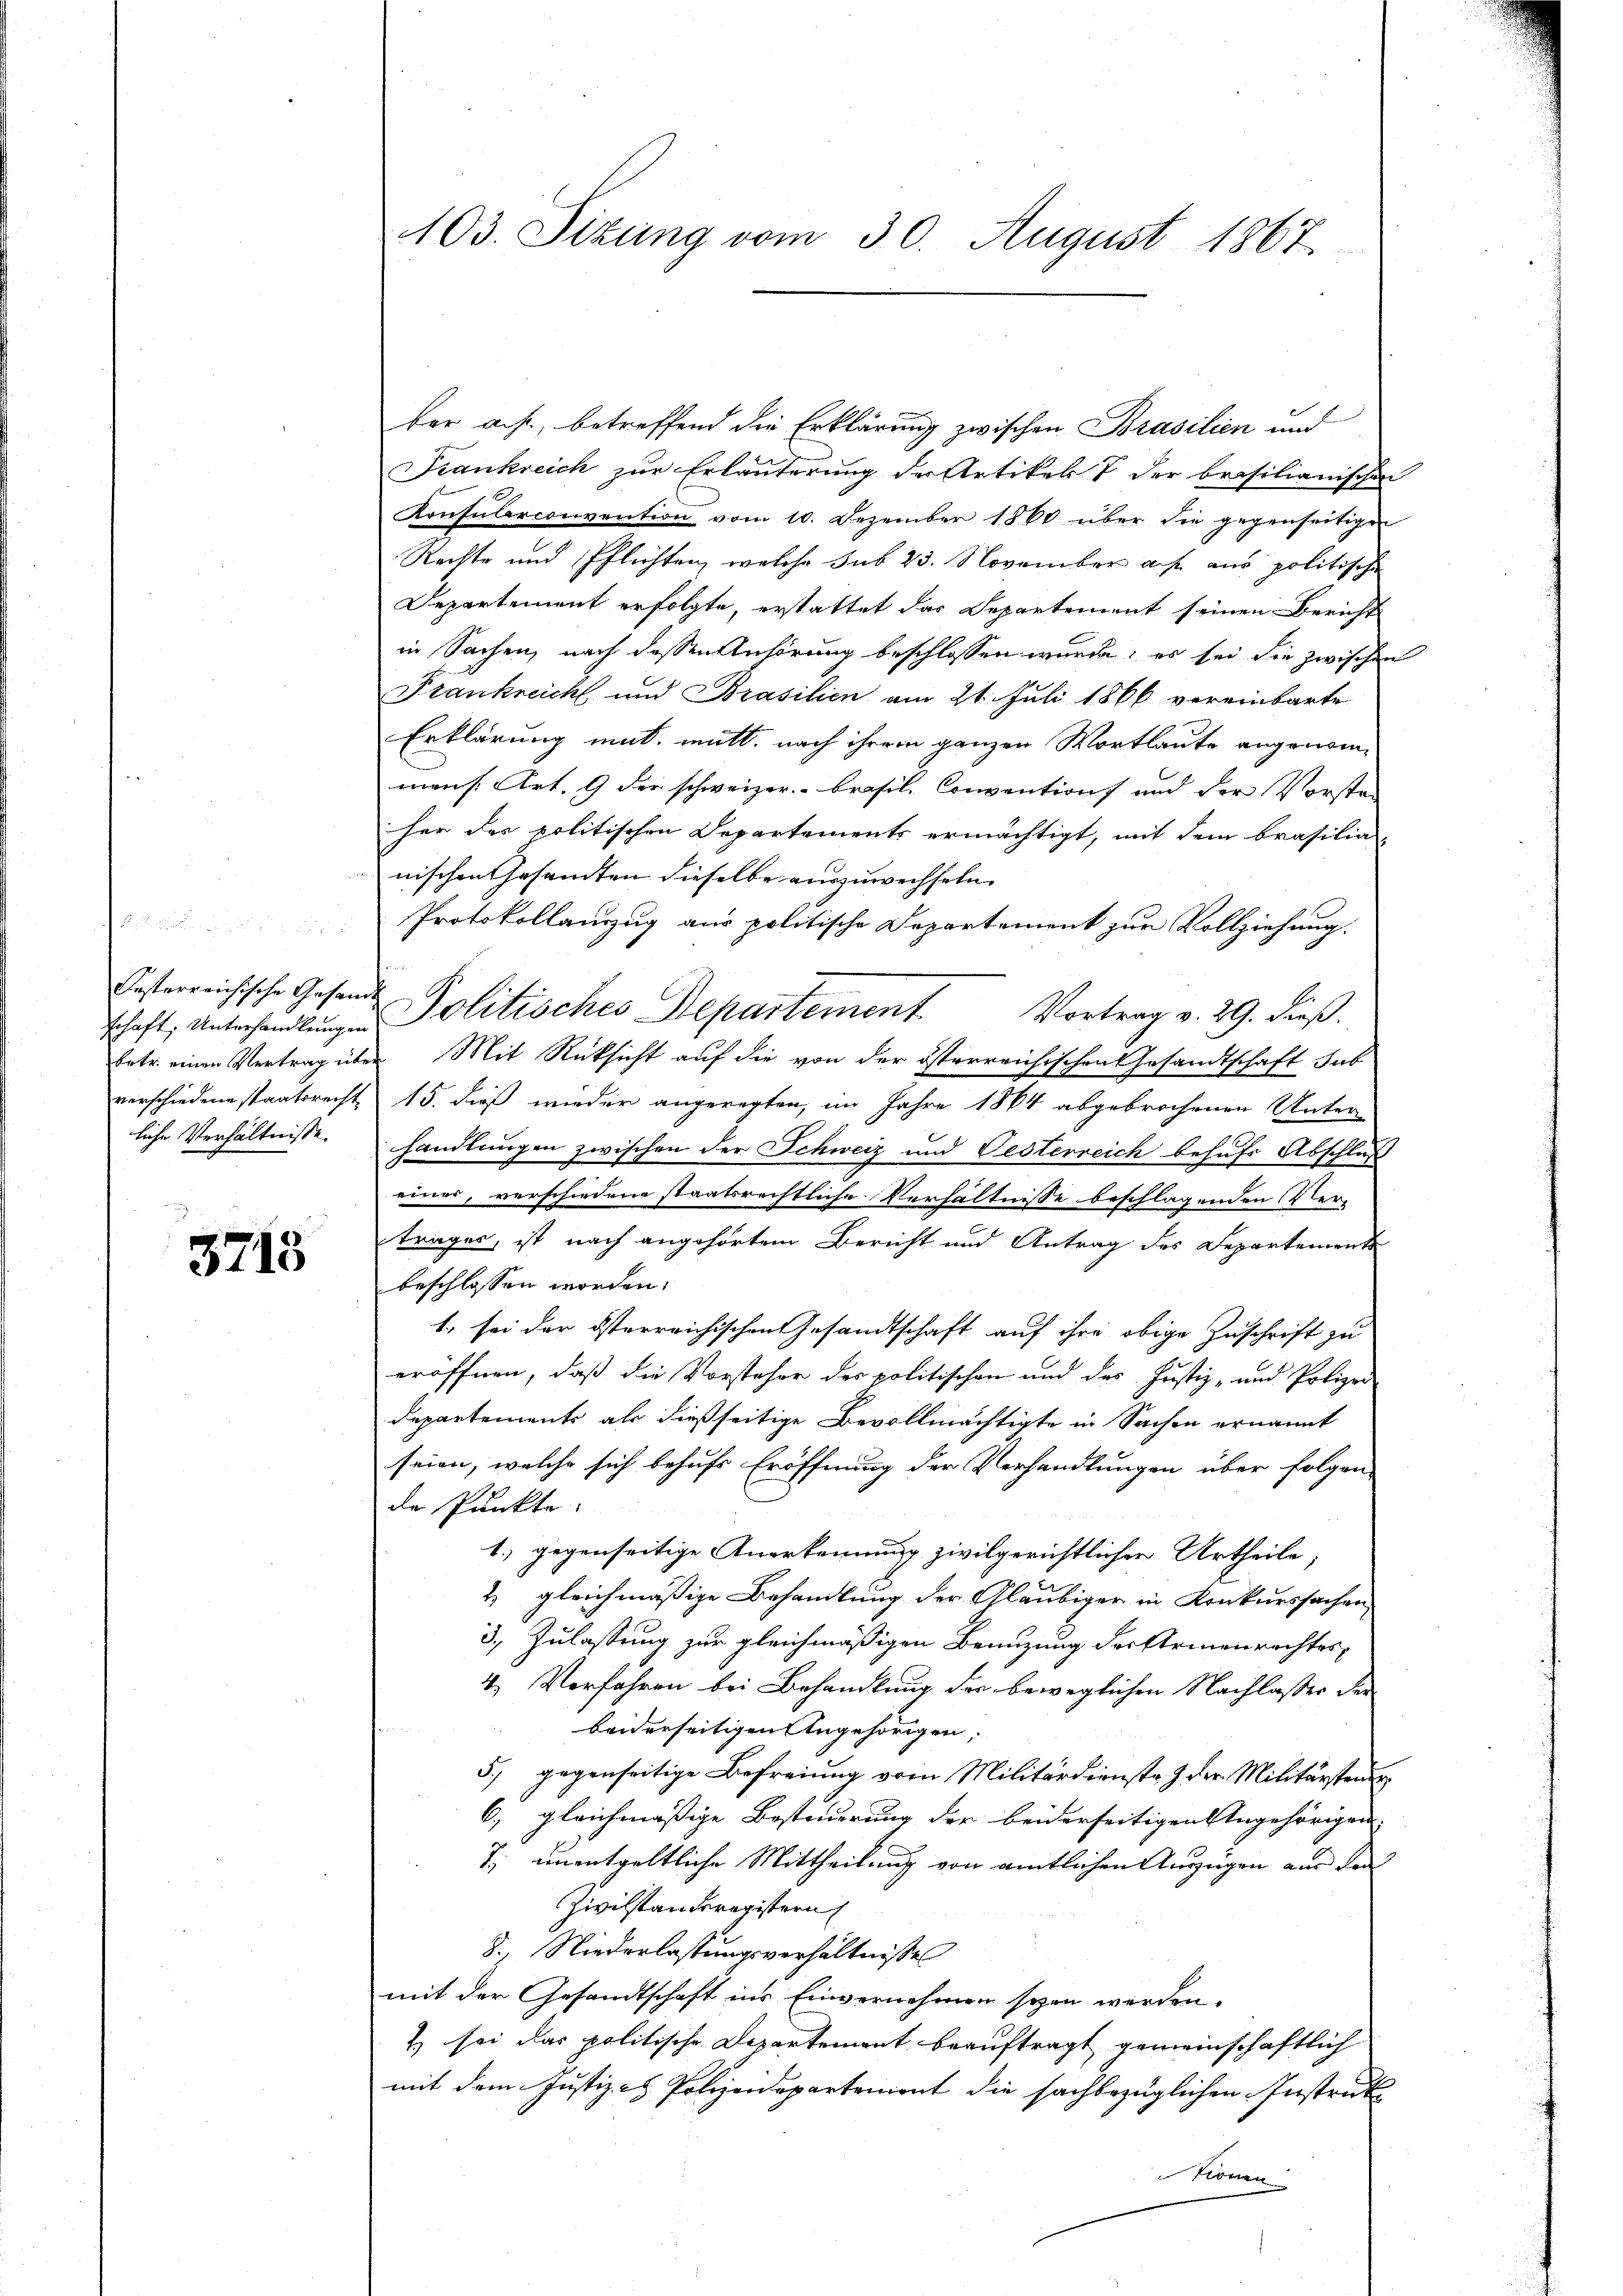
Festerreichische Gesandt
liche Verhältnisse.

3715

fer aus, betreffend die Erklärung zwischen Brasilien und
Frankreich zur Erläuterung der Artikel & der brasilianischen
Konsularconvention vom 10. Dezember 1860 über die gegenseitigen
Rechte und Pflichten, welche sub 23. November auf aus politische
Departement erfolgte, erstattet das Departement seinen Bericht
in Sachen, nach dessen Anhörung beschlossen wurde, es sei die zwischen
Frankreicht und Prasilien am 21. Juli 1866 vereinbarte
Erklärung mit mitt. nach ihrem ganzen Wortlaute angenom-
mens. Art. 9 der schweizer-Brasil. Convention und der Vorste-
her des politischen Departements ermächtigt, mit dem Brasilia-
nischen Gesandten dieselbe auszuwechseln.
Protokollanzug aus politische Departement zur Vollziehung.
schaft, Unterhandlŭngen Politisches Departement. Vortrag v. 29. dieß.
betr. einen Vertrag über Mit Rücksicht auf die von der österreichischen Gesandtschaft hab
verschiedene staatsrecht, 15. dieß wieder angeregten, im Jahre 1864 abgebrochenen Unter-
handlungen zwischen der Schweiz und Oesterreich behufs Abschluß
einer, verschiedene staatsrechtliche Verhältnisse beschlagenden Ver-
trages, ist nach angehörtem Bericht und Antrag des Departemente
beschlossen worden.
1., sei der österreichischen Gesandtschaft auf ihre obige Zuschrift zu
eröffnen, daß die Vorsteher der politischen und des Justiz- und Polizei-
Departements als dießseitige Bevollmächtigte in Sachen ernannt
seien, welche sich behufs Eröffnung der Verhandlungen über folgen-
de Punkte.
1.) gegenseitige Anerkennung zivilgerichtlicher Urtheile;
& gleichmäßige Behandlung der Gläubiger in Konkurssachen
3. Zulassung zur gleichmäßigen Benuzung der Armenrechtes,
4. Verfahren bei Behandlung der beweglichen Nachlasser der
beiderseitigen Angehörigen,
5) gegenseitige Befreiung vom Militärdienste & der Militärsteue
6., gleichmäßige Bestimmerung der beiderseitigen Angehörigen-
J. unentgeltliche Mittheilung von amtlichen Auszügen aus den
Zivilstanderegistern
8., Niederlassungsverhältnisses
mit der Gesandtschaft ins Einvernehmen seyen werden.
t) sei das politische Departement beauftragt gemeinschaftlich
mit dem Justiz- & Polizeidepartement die sachbezüglichen Instruk
tionen

u

403. Sizung vom 30. August 1867.